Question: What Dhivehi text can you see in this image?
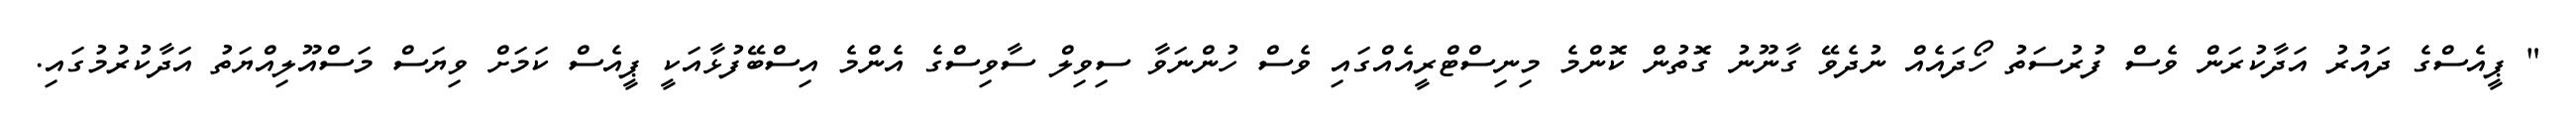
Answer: " ޕީއެސްގެ ދައުރު އަދާކުރަން ވެސް ފުރުސަތު ހޯދައެއް ނުދެވޭ ގާނޫނު ގޮތުން ކޮންމެ މިނިސްޓްރީއެއްގައި ވެސް ހުންނަވާ ސިވިލް ސާވިސްގެ އެންމެ އިސްބޭފުޅާއަކީ ޕީއެސް ކަމަށް ވިޔަސް މަސްއޫލިއްޔަތު އަދާކުރުމުގައި.